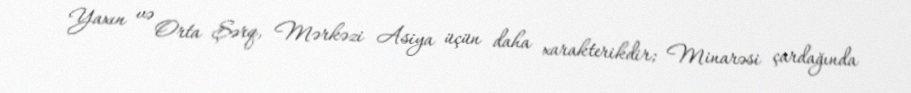
Yaxın və Orta Şərq, Mərkəzi Asiya üçün daha xarakterikdir; Minarəsi çardağında